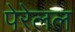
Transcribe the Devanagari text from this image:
पेरेलल